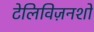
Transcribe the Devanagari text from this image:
टेलिविज़नशो